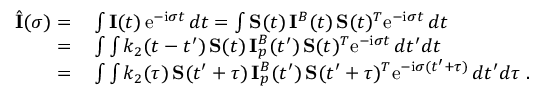
\begin{array} { r l } { \hat { \bf \cal I } ( \sigma ) = } & { { } \int { \bf \cal I } ( t ) \, \mathrm { e } ^ { - \mathrm { i } \sigma t } \, d t = \int { \bf \cal S } ( t ) \, { \bf \cal I } ^ { B } ( t ) \, { \bf \cal S } ( t ) ^ { T } \mathrm { e } ^ { - \mathrm { i } \sigma t } \, d t } \\ { = } & { { } \int \int k _ { 2 } ( t - t ^ { \prime } ) \, { \bf \cal S } ( t ) \, { \bf \cal I } _ { p } ^ { B } ( t ^ { \prime } ) \, { \bf \cal S } ( t ) ^ { T } \mathrm { e } ^ { - \mathrm { i } \sigma t } \, d t ^ { \prime } d t } \\ { = } & { { } \int \int k _ { 2 } ( \tau ) \, { \bf \cal S } ( t ^ { \prime } + \tau ) \, { \bf \cal I } _ { p } ^ { B } ( t ^ { \prime } ) \, { \bf \cal S } ( t ^ { \prime } + \tau ) ^ { T } \mathrm { e } ^ { - \mathrm { i } \sigma ( t ^ { \prime } + \tau ) } \, d t ^ { \prime } d \tau \ . } \end{array}